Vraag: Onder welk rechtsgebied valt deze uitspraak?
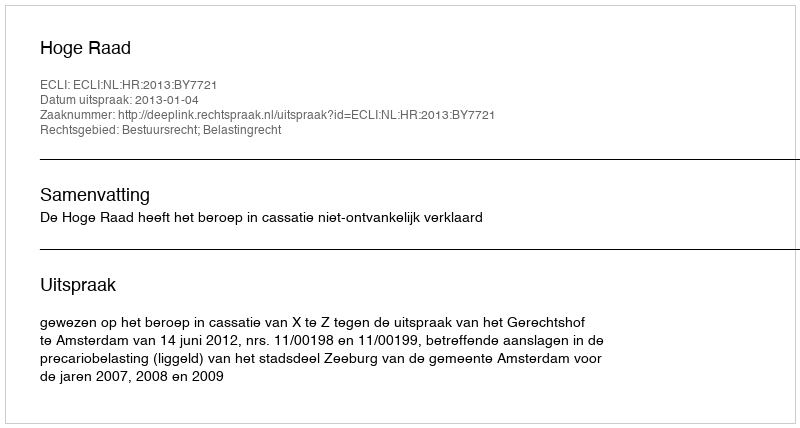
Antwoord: Bestuursrecht; Belastingrecht